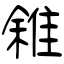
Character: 雓